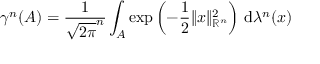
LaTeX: \gamma ^ { n } ( A ) = { \frac { 1 } { { \sqrt { 2 \pi } } ^ { n } } } \int _ { A } \exp \left( - { \frac { 1 } { 2 } } \| x \| _ { \mathbb { R } ^ { n } } ^ { 2 } \right) \, \mathrm { d } \lambda ^ { n } ( x )